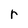
Character: r